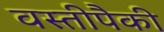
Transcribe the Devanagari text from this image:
वस्तीपैकी